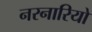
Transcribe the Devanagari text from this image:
नरनारियो